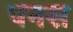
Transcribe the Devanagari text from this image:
पनस